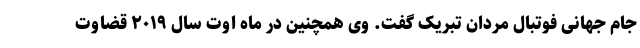
جام جهانی فوتبال مردان تبریک گفت. وی همچنین در ماه اوت سال ۲۰۱۹ قضاوت